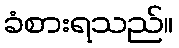
ခံစားရသည်။